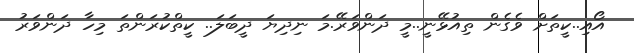
އޯއި..ކީތަށް ވެގެން ތިއުޅޭނީ..މީ ދަންވަރޭ.މަ ނިދިޔަ ދީބަލަ.. ކީތްކުރަންތަ މިހާ ދަންވަރު